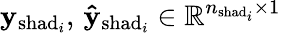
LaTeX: \mathbf{y}_{\mathrm{shad}_{i}},\, \mathbf{\hat{y}}_{\mathrm{shad}_{i}}\in\mathbb{R}^{n_{\mathrm{shad}_{i}}\times 1}